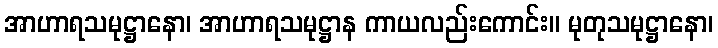
အာဟာရသမုဋ္ဌာနော၊ အာဟာရသမုဋ္ဌာန ကာယလည်းကောင်း။ မုတုသမုဋ္ဌာနော၊